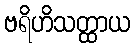
ဗရိဟိသတ္ထာယ